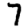
Digit: 7